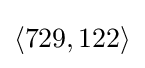
\langle 729,122\rangle